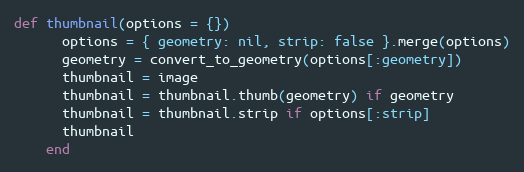
Language: Ruby
def thumbnail(options = {})
      options = { geometry: nil, strip: false }.merge(options)
      geometry = convert_to_geometry(options[:geometry])
      thumbnail = image
      thumbnail = thumbnail.thumb(geometry) if geometry
      thumbnail = thumbnail.strip if options[:strip]
      thumbnail
    end